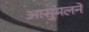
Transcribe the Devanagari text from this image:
आसुमलने